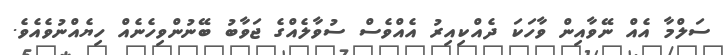
ސަލްމާ އެއް ނޭވާއިން ވާހަކަ ދެއްކިއިރު އެއްވެސް ސުވާލެއްގެ ޖަވާބު ބޭނުންވިހެނެއް ހިޔެއްނުވެއެވެ.